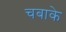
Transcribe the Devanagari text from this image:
चबाके